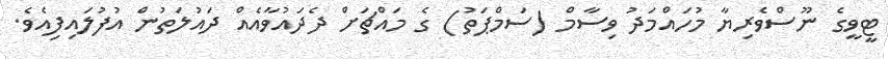
ޓީވީގެ ނޫސްވެރިޔާ މުހައްމަދު ވިސާމް (ސަމްޕަތު) ގެ މައްޗަށް ދެދައުވާއެއް ދައުލަތުން އުފުލައިފިއެވެ.